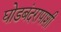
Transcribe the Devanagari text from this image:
घोडबंदरापाशी